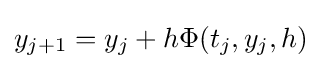
y_{j+1}=y_{j}+h\Phi (t_{j},y_{j},h)